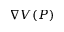
\nabla V ( P )